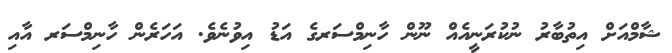
ޝާމްއަށް އިތުބާރު ނުކުރަނީއެއް ނޫން ހާނިމްސަރގެ އަޑު އިވުނެވެ. އަހަރެން ހާނިމްސަރ އާއި